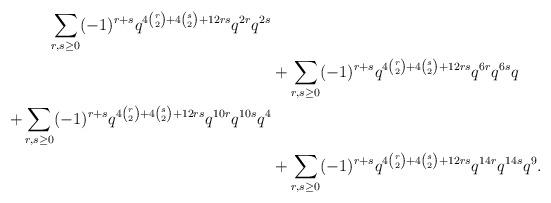
LaTeX: \begin{align*}\sum_{r,s\geq 0}(-1)^{r+s}q^{4\binom{r}{2}+4\binom{s}{2}+12rs} q^{2r} q^{2s}\\&+ \sum_{r,s\geq 0}(-1)^{r+s}q^{4\binom{r}{2}+4\binom{s}{2}+12rs} q^{6r} q^{6s} q\\+\sum_{r,s\geq 0}(-1)^{r+s}q^{4\binom{r}{2}+4\binom{s}{2}+12rs} q^{10r} q^{10s} q^{4}\\&+ \sum_{r,s\geq 0}(-1)^{r+s}q^{4\binom{r}{2}+4\binom{s}{2}+12rs} q^{14r} q^{14s} q^9.\end{align*}